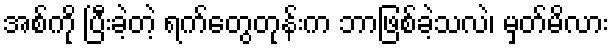
အစ်ကို ပြီးခဲ့တဲ့ ရက်တွေတုန်းက ဘာဖြစ်ခဲ့သလဲ၊ မှတ်မိလား